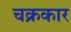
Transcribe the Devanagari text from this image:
चक्रकार